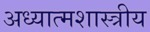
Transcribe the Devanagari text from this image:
अध्यात्मशास्त्रीय